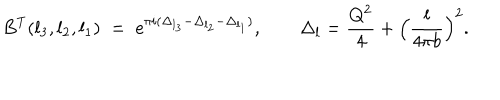
B ^ { \mathrm { T } } ( l _ { 3 } , l _ { 2 } , l _ { 1 } ) \; = \; e ^ { \pi i ( \Delta _ { l _ { 3 } } - \Delta _ { l _ { 2 } } - \Delta _ { l _ { 1 } } ) } , \qquad \Delta _ { l } = \frac { Q ^ { 2 } } { 4 } + \Bigl ( \frac { l } { 4 \pi b } \Bigr ) ^ { 2 } .